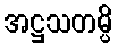
အဋ္ဌသတမ္ပိ